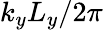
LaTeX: k_{y}L_{y}/2\pi